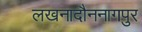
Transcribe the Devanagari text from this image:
लखनादौननागपुर